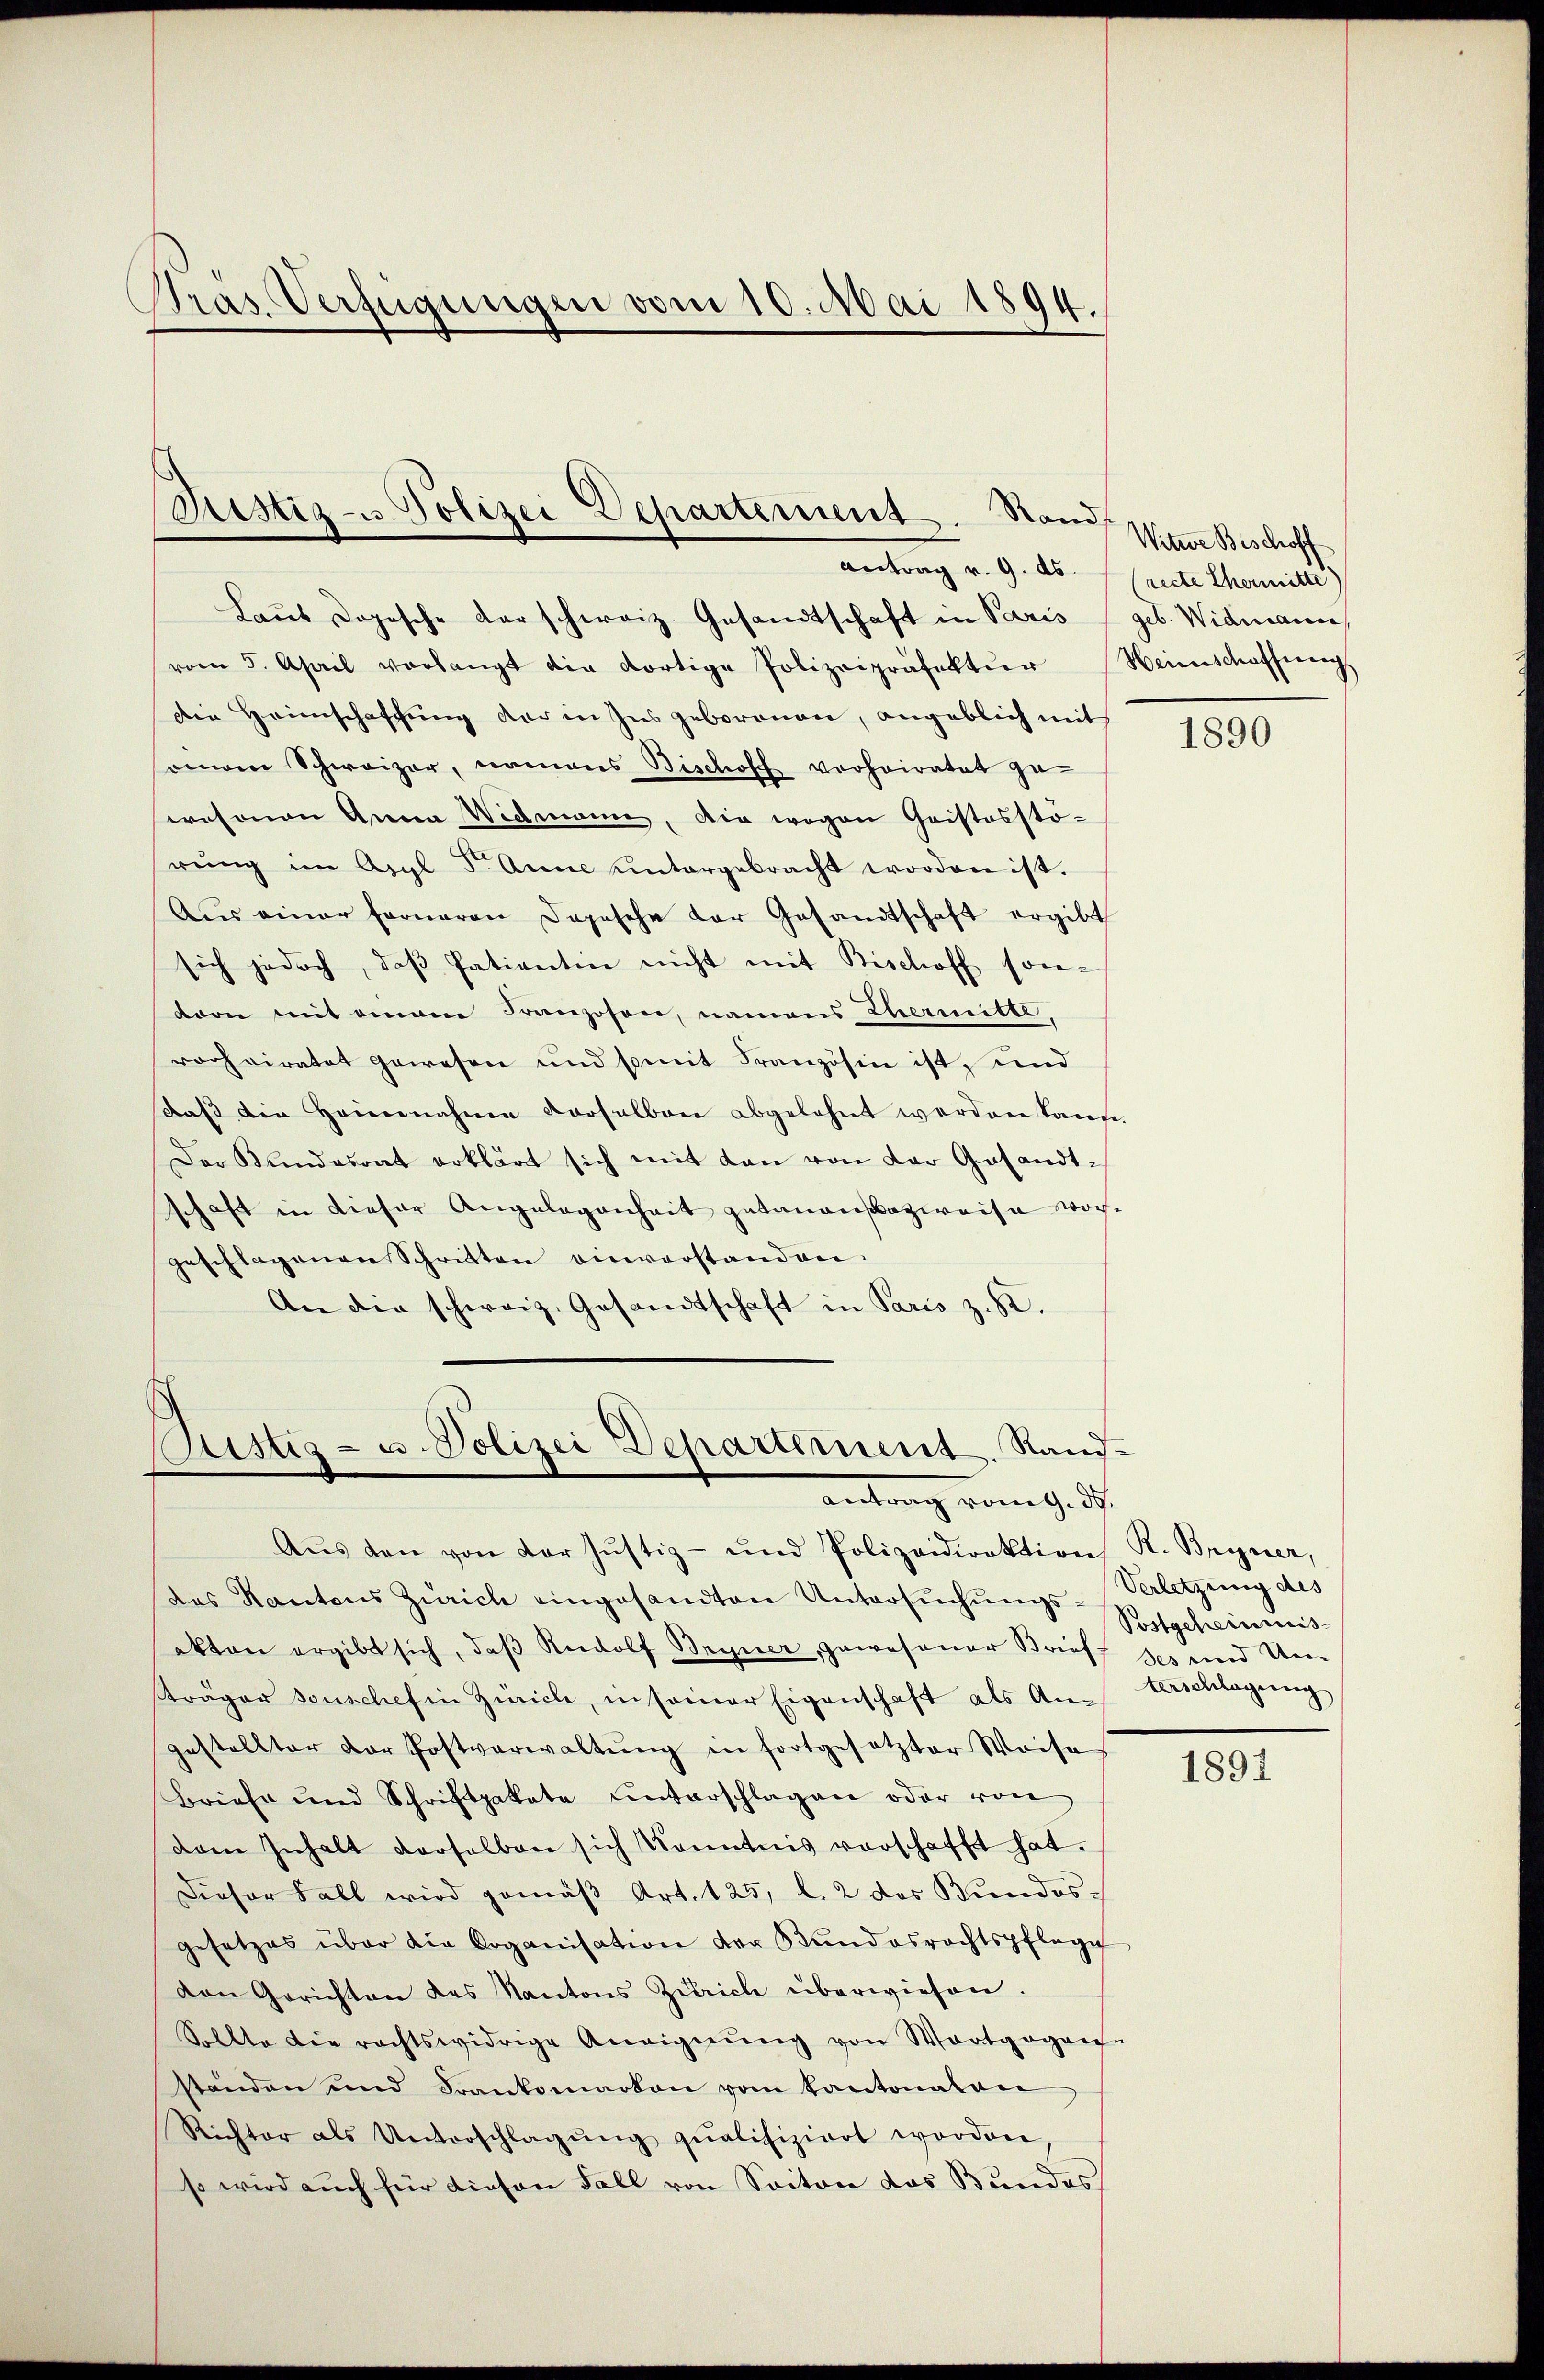
Pras. Verfügungen vom 10. Mai 1894.

Justiz- u Polizei Departement. Stand
Antrag v. 9. ds. (recte Ehermitte

Laut dopische darschweiz Gesandtschaft in Paris geb. Widmann,
vom 5. April verlangt die dortige Polizeipräsektŭr Weinschaffŭngs
Die Heimschaffung der in Ins geborenen, angeblich mit
somon Schweizer, namens Bischoff verheiratet ge-
osonen Anna Widmann, die wegen Cristosstö-
rŭng im Asyl F. Anne ŭntergebracht worden ist.
Aus einer ferneren Depesche der Gesandtschaft ergibt
sich jedoch, daβ Patientin nicht mit Bischoff sonvoon mit einem Franzosen, namens Thermitte,
vorheiratet gewesen und somit Französin ist, und
daβ die Heinnahme derselben abgelehnt werden kann.
Der Bundesrat erklärt sich mit dan von der Gesandt-
schaft in dieser Angelegenheit getanensazweise vorgeschlagenen Schritten einverstanden.
An die schweiz. Gesandtschaft in Paris z. B.

Ristig- u. Polizei Departement. Raŭf-
antrag vom 9. d.

Aŭs den von der Justiz- und Polizeidirektion R. Bryner,
das Kantons Zürich eingesandten Untersŭchŭngs-Verletzung des
akten ergibt sich, daβ Rudolf Bryner, gewesener Brief-
sträger sonschef in Zürich, in seiner Eigenschaft als An- Verschlagung
gestellter dor Postverwaltŭng in fortgesetzter Weise
Briefe und Schriftpakete unterschlagen oder von
dem Inhalt derselben sich konntnis verschafft hat.
Dieser Fall wird gemäß Art. 125, l. 2 des Bundesgesetzes über die Organisation der Kundesrechtspflege
van Gerichten des Kantons Zürich überwiesen.
Sollte die rechtswidrige Aneignung von Waatgogne-
ständen und Frankomarton vom Kantonalen
Richter als Unterschlagŭng qualifiziert worden,
so wird auch für diesen Fall von Seiten das Bundes

Witwe Beschoff

1890

Postgeheimis
Ses und Un-

1891